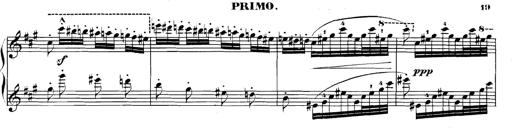
Title: Spinnerlied aus dem Fliegenden HollÃ¤nder
Composer: Franz Liszt